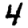
Digit: 4